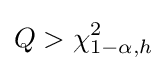
Q>\chi _{1-\alpha ,h}^{2}